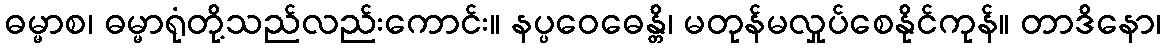
ဓမ္မာစ၊ ဓမ္မာရုံတို့သည်လည်းကောင်း။ နပ္ပဝေဓေန္တိ၊ မတုန်မလှုပ်စေနိုင်ကုန်။ တာဒိနော၊